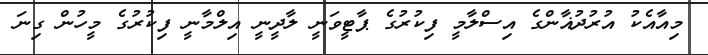
މިއާއެކު އުރުދުޣާންގެ އިސްލާމީ ފިކުރުގެ ޕާޓީވަނީ ލާދީނީ އިލްމާނީ ފިކުރުގެ މީހުން ގިނަ